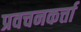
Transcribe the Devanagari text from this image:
प्रवचनकर्त्ता